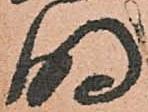
明